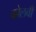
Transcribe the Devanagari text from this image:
कोलवी